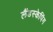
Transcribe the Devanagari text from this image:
लैंडस्केपिंग